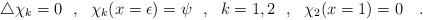
LaTeX: \begin{align*}\bigtriangleup\chi_k=0~~,~~\chi_k(x=\epsilon)=\psi~~,{}~~k=1,2~~,~~\chi_2(x=1)=0~~~.\end{align*}